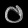
Digit: ၀